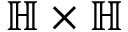
\mathbb { H } \times \mathbb { H }